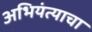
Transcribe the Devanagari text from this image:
अभियंत्याचा